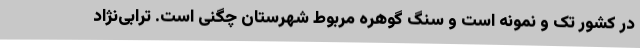
در کشور تک و نمونه است و سنگ گوهره مربوط شهرستان چگنی است. ترابی‌نژاد